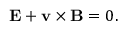
\mathbf { E } + \mathbf { v } \times \mathbf { B } = 0 .